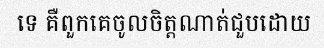
ទេ គឺពួកគេចូលចិត្តណាត់ជួបដោយ